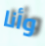
وأنا